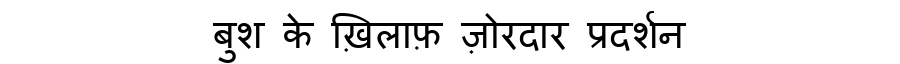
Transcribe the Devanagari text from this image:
बुश के ख़िलाफ़ ज़ोरदार प्रदर्शन